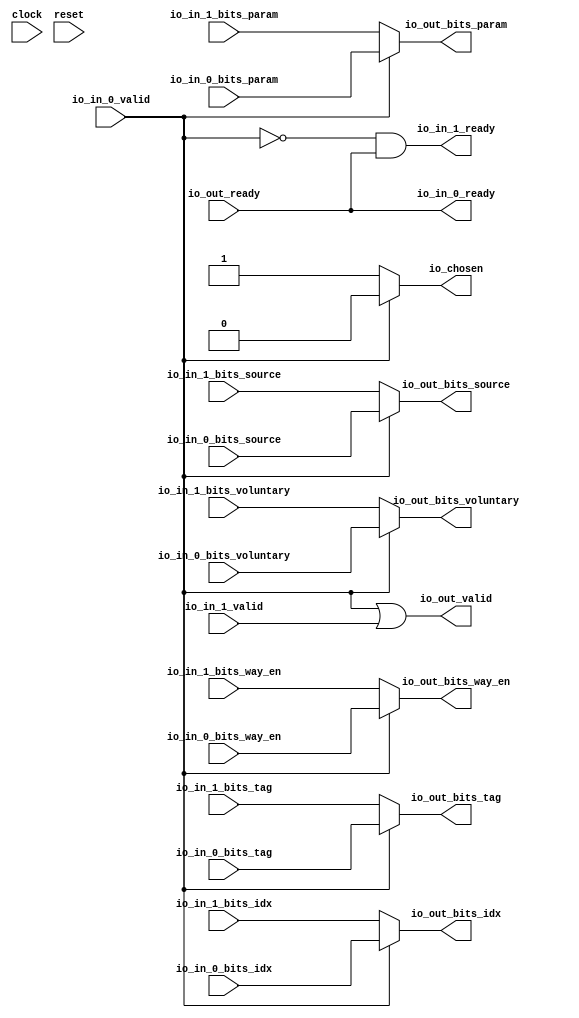
module Arbiter_4(
  input         clock,
  input         reset,
  output        io_in_0_ready,
  input         io_in_0_valid,
  input  [19:0] io_in_0_bits_tag,
  input  [5:0]  io_in_0_bits_idx,
  input  [1:0]  io_in_0_bits_source,
  input  [2:0]  io_in_0_bits_param,
  input         io_in_0_bits_way_en,
  input         io_in_0_bits_voluntary,
  output        io_in_1_ready,
  input         io_in_1_valid,
  input  [19:0] io_in_1_bits_tag,
  input  [5:0]  io_in_1_bits_idx,
  input  [1:0]  io_in_1_bits_source,
  input  [2:0]  io_in_1_bits_param,
  input         io_in_1_bits_way_en,
  input         io_in_1_bits_voluntary,
  input         io_out_ready,
  output        io_out_valid,
  output [19:0] io_out_bits_tag,
  output [5:0]  io_out_bits_idx,
  output [1:0]  io_out_bits_source,
  output [2:0]  io_out_bits_param,
  output        io_out_bits_way_en,
  output        io_out_bits_voluntary,
  output        io_chosen
);
  wire  grant_1 = ~io_in_0_valid; // @[Arbiter.scala 31:78]
  assign io_in_0_ready = io_out_ready; // @[Arbiter.scala 134:19]
  assign io_in_1_ready = grant_1 & io_out_ready; // @[Arbiter.scala 134:19]
  assign io_out_valid = ~grant_1 | io_in_1_valid; // @[Arbiter.scala 135:31]
  assign io_out_bits_tag = io_in_0_valid ? io_in_0_bits_tag : io_in_1_bits_tag; // @[Arbiter.scala 126:27 Arbiter.scala 128:19 Arbiter.scala 124:15]
  assign io_out_bits_idx = io_in_0_valid ? io_in_0_bits_idx : io_in_1_bits_idx; // @[Arbiter.scala 126:27 Arbiter.scala 128:19 Arbiter.scala 124:15]
  assign io_out_bits_source = io_in_0_valid ? io_in_0_bits_source : io_in_1_bits_source; // @[Arbiter.scala 126:27 Arbiter.scala 128:19 Arbiter.scala 124:15]
  assign io_out_bits_param = io_in_0_valid ? io_in_0_bits_param : io_in_1_bits_param; // @[Arbiter.scala 126:27 Arbiter.scala 128:19 Arbiter.scala 124:15]
  assign io_out_bits_way_en = io_in_0_valid ? io_in_0_bits_way_en : io_in_1_bits_way_en; // @[Arbiter.scala 126:27 Arbiter.scala 128:19 Arbiter.scala 124:15]
  assign io_out_bits_voluntary = io_in_0_valid ? io_in_0_bits_voluntary : io_in_1_bits_voluntary; // @[Arbiter.scala 126:27 Arbiter.scala 128:19 Arbiter.scala 124:15]
  assign io_chosen = io_in_0_valid ? 1'h0 : 1'h1; // @[Arbiter.scala 126:27 Arbiter.scala 127:17 Arbiter.scala 123:13]
endmodule